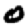
Digit: 0